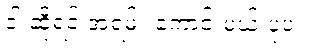
ဒါ ဆိုရင် အရမ်း ကောင်းမယ့် ပုံပဲ။